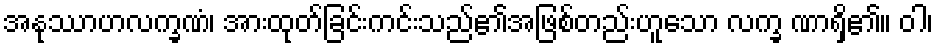
အနုဿာဟလက္ခဏံ၊ အားထုတ်ခြင်းကင်းသည်၏အဖြစ်တည်းဟူသော လက္ခ ဏာရှိ၏။ ဝါ၊